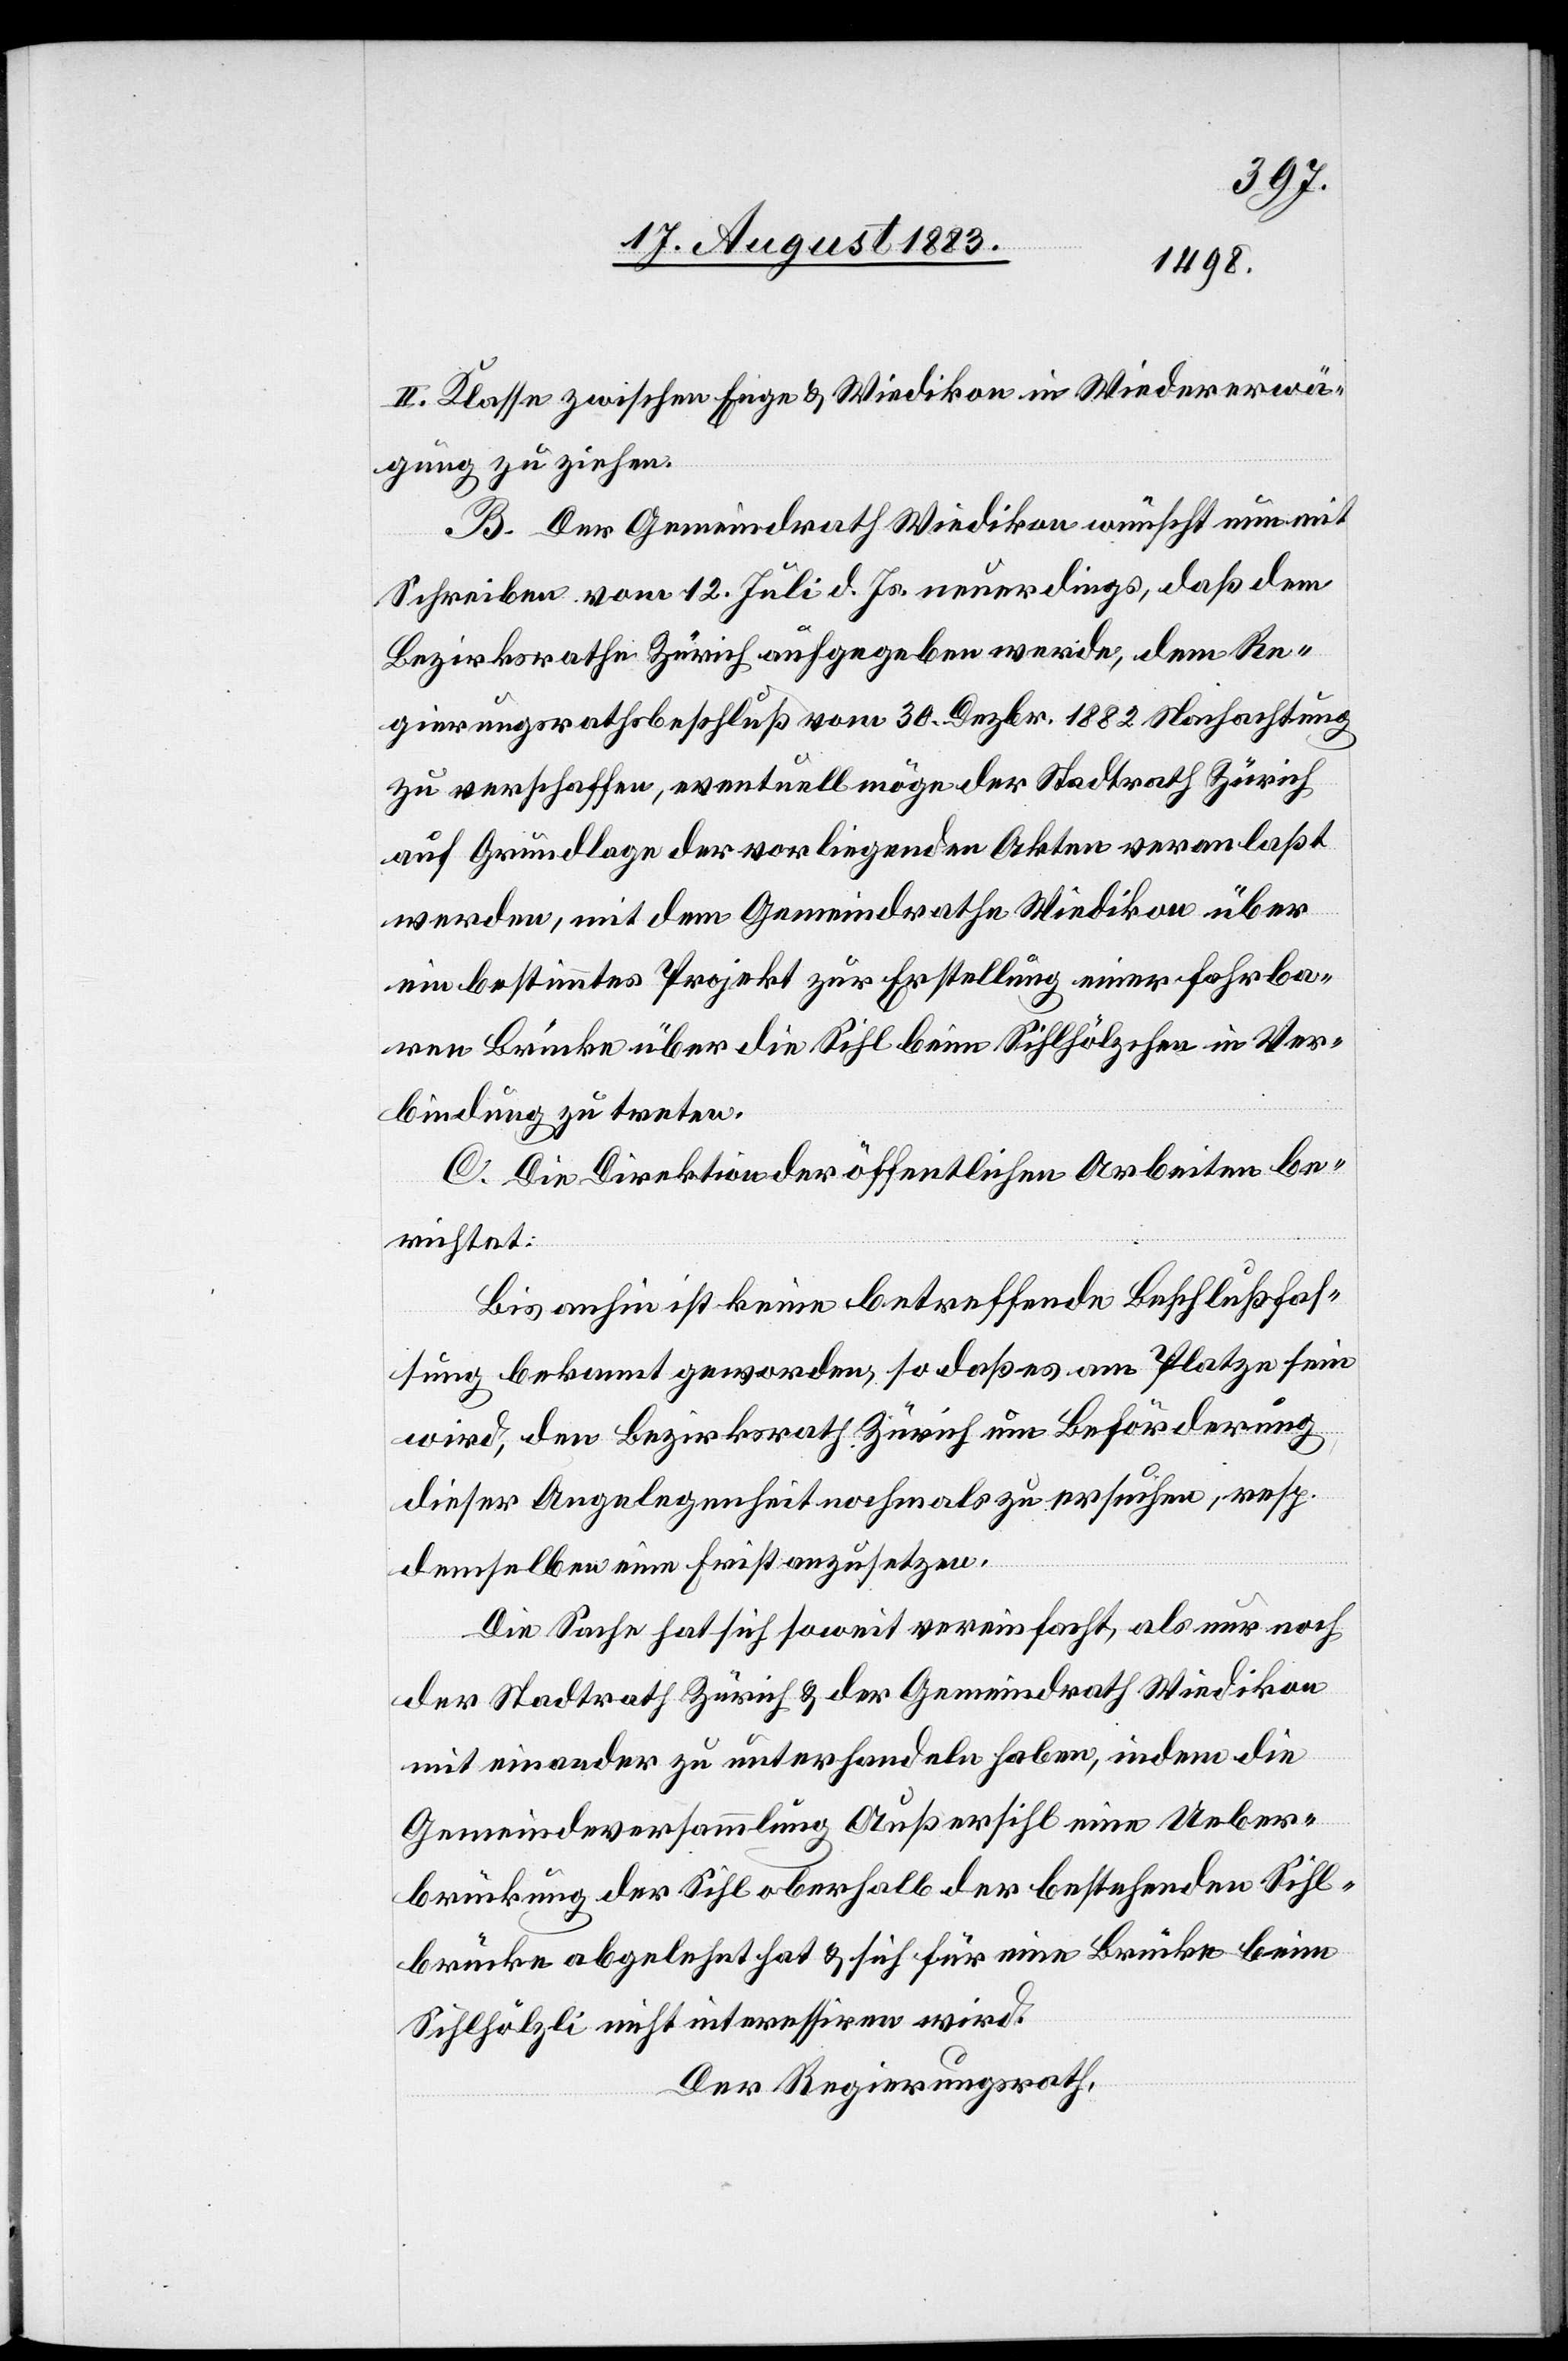
II. Klasse zwischen Enge & Wiedikon in Wiedererwä¬
gung zu ziehen.
B. Der Gemeindrath Wiedikon wünscht nun
Schreiben vom 12. Juli d. Js. neuerdings, daß dem
Bezirksrathe Zürich aufgegeben werde, dem Re¬
gierungsrathsbeschluß vom 30. Dezbr. 1882 Nachachtung
zu verschaffen, eventuell möge der Stadtrath Zürich
auf Grundlage der vorliegenden Akten veranlaßt
werden, mit dem Gemeindrathe Wiedikon über
ein bestimmtes Projekt zur Erstellung einer fahrba¬
ren Brücke über die Sihl beim Sihlhölzli in Ver¬
bindung zu treten.
C. Die Direktion der öffentlichen Arbeiten be¬
richtet:
Bis anhin ist keine betreffende Beschlußfas¬
sung bekannt geworden, so daß es am Platze sein
wird, den Bezirksrath Zürich um Beförderung
dieser Angelegenheit nochmals zu ersuchen, resp.
demselben eine Frist zu setzen.
Die Sache hat sich soweit vereinfacht, als nur noch
der Stadtrath Zürich & der Gemeindrath Wiedikon
einander zu unterhandeln haben, indem die
Gemeindeversammlung Außersihl eine Ueber¬
brückung der Sihl oberhalb der bestehenden Sihl¬
brücke abgelehnt hat & sich für eine Brücke beim
Sihlhölzli nicht interessiren wird.
Der Regierungsrath,